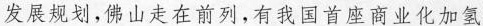
发展规划，佛山走在前列，有我国首座商业化加氢